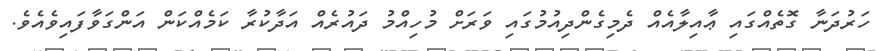
ހަރުދަނާ ގޮތެއްގައި ޢާއިލާއެއް ދެމިގެންދިއުމުގައި ވަރަށް މުހިއްމު ދައުރެއް އަދާކުރާ ކަމެއްކަން އަންގަވާފައިވެއެވެ.